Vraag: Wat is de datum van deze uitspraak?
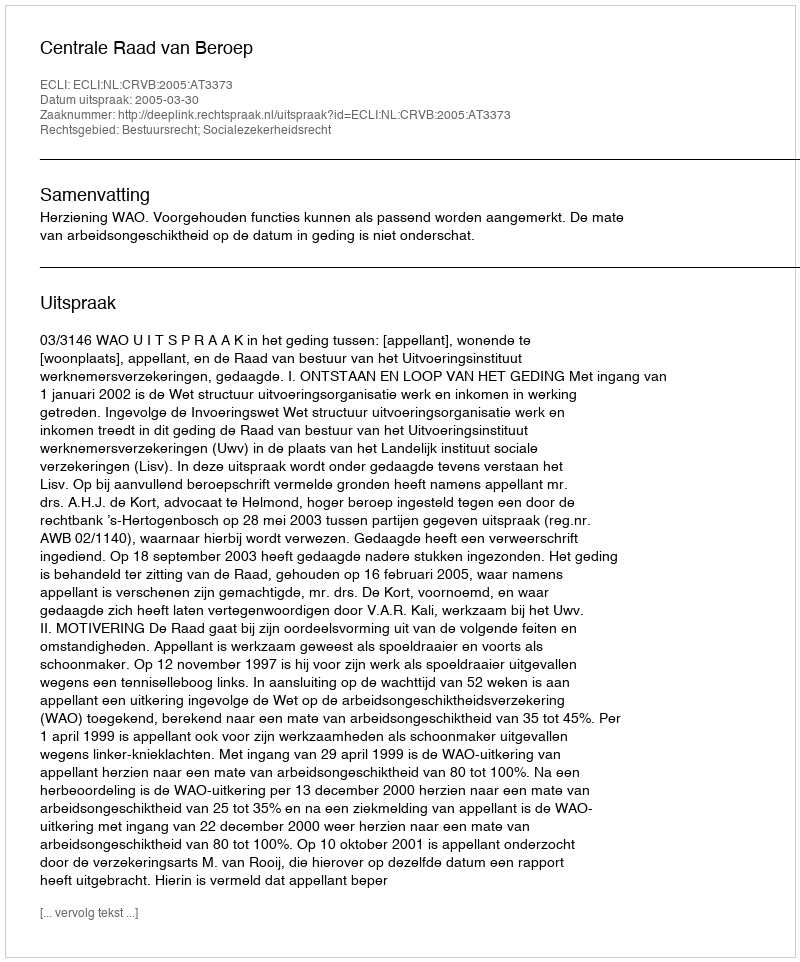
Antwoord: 2005-03-30